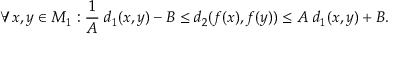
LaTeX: \forall x , y \in M _ { 1 } : { \frac { 1 } { A } } \; d _ { 1 } ( x , y ) - B \leq d _ { 2 } ( f ( x ) , f ( y ) ) \leq A \; d _ { 1 } ( x , y ) + B .